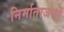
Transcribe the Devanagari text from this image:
निर्माताजनों